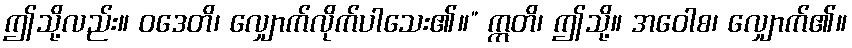
ဤသို့လည်း။ ဝဒေတိ၊ လျှောက်လိုက်ပါသေး၏။” ဣတိ၊ ဤသို့။ အဝေါစ၊ လျှောက်၏။